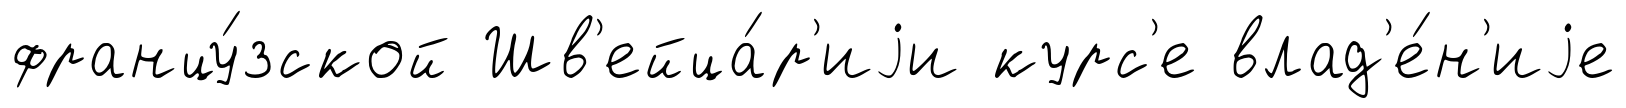
францу́зской Шв'ейца́р'иjи курс'е влад'е́н'иjе